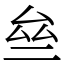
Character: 亝